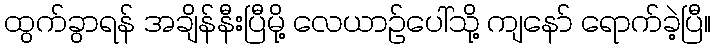
ထွက်ခွာရန် အချိန်နီးပြီမို့ လေယာဉ်ပေါ်သို့ ကျနော် ရောက်ခဲ့ပြီ။